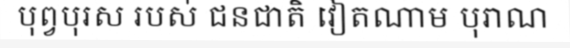
បុព្វបុរស របស់ ជនជាតិ វៀតណាម បុរាណ